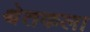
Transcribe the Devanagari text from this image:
श्वेतकला